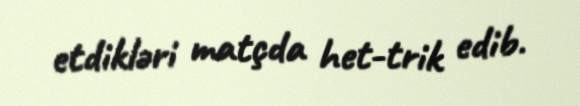
etdikləri matçda het-trik edib.